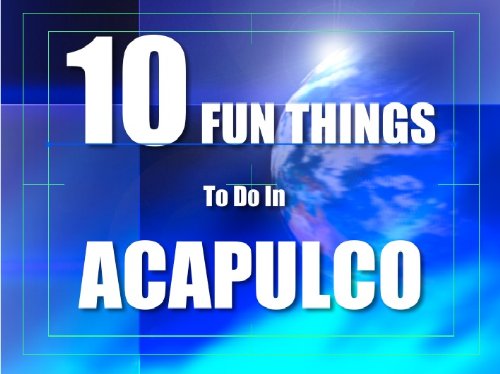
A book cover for TEN FUN THINGS TO DO IN ACAPULCO; MINI GUIDE LLC; Travel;